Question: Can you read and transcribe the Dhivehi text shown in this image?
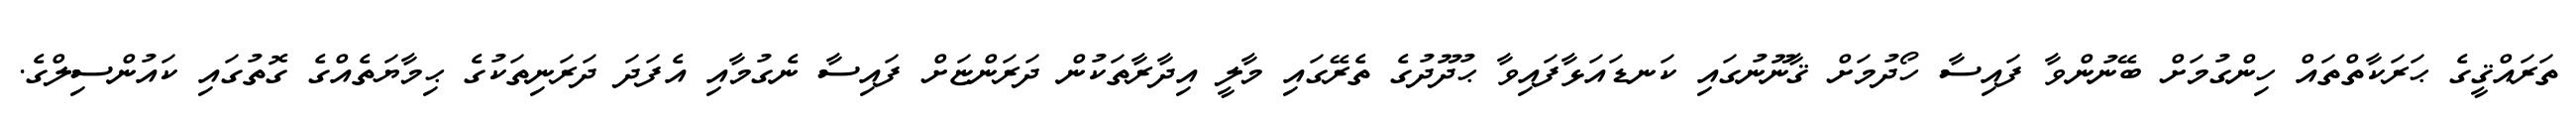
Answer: ތަރައްޤީގެ ޙަރަކާތްތައް ހިންގުމަށް ބޭނުންވާ ފައިސާ ހޯދުމަށް ޤާނޫނުގައި ކަނޑައަޅާފައިވާ ޙުދޫދުގެ ތެރޭގައި މާލީ އިދާރާތަކުން ދަރަންޏަށް ފައިސާ ނެގުމާއި އެފަދަ ދަރަނިތަކުގެ ޙިމާޔަތެއްގެ ގޮތުގައި ކައުންސިލްގެ.